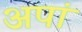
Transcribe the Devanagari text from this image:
अपां